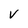
Character: v